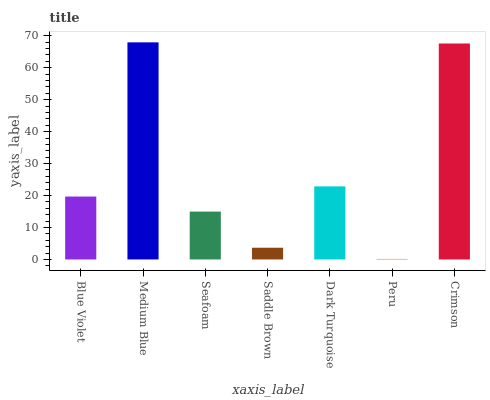
| xaxis_label | bars |
 | --- | --- |
 | Blue Violet | 19.7 |
 | Medium Blue | 67.9 |
 | Seafoam | 15 |
 | Saddle Brown | 3.67 |
 | Dark Turquoise | 22.9 |
 | Peru | 0.166 |
 | Crimson | 67.6 |